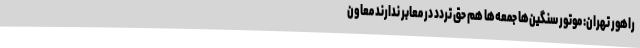
راهور تهران: موتور سنگین‌ها جمعه‌ها هم حق تردد در معابر ندارند معاون